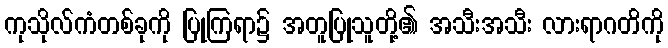
ကုသိုလ်ကံတစ်ခုကို ပြုကြရာ၌ အတူပြုသူတို့၏ အသီးအသီး လားရာဂတိကို